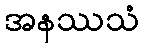
အနဿသံ